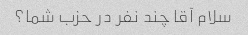
سلام آقا چند نفر در حزب شما؟